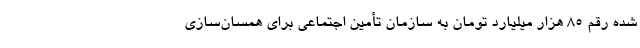
شده رقم ۸۵ هزار میلیارد تومان به سازمان تأمین اجتماعی برای همسان‌سازی